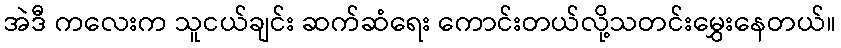
အဲဒီ ကလေးက သူငယ်ချင်း ဆက်ဆံရေး ကောင်းတယ်လို့သတင်းမွှေးနေတယ်။